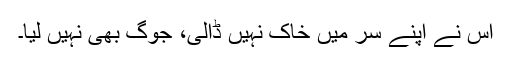
اس نے اپنے سر میں خاک نہیں ڈالی، جوگ بھی نہیں لیا۔